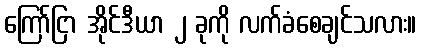
ကြော်ငြာ အိုင်ဒီယာ ၂ ခုကို လက်ခံစေချင်သလား။